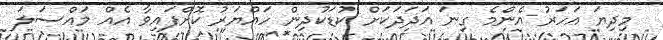
މިދިޔަ އަހަރު އެންމެ ގިނަ އަދަދަކަށް ކުޑަކުދިން ހައްޔަރު ކޮށްފައިވާ އެއް މައްސަލަ